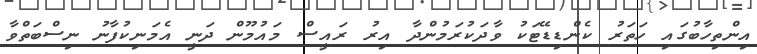
އިންތިހާބުގައި ހަތަރު ކެންޑިޑޭޓަކު ވާދަކުރަމުންދާ އިރު ރައީސް މައުމޫން ދަނީ އެމަނިކުފާނު ނިސްބަތްވާ